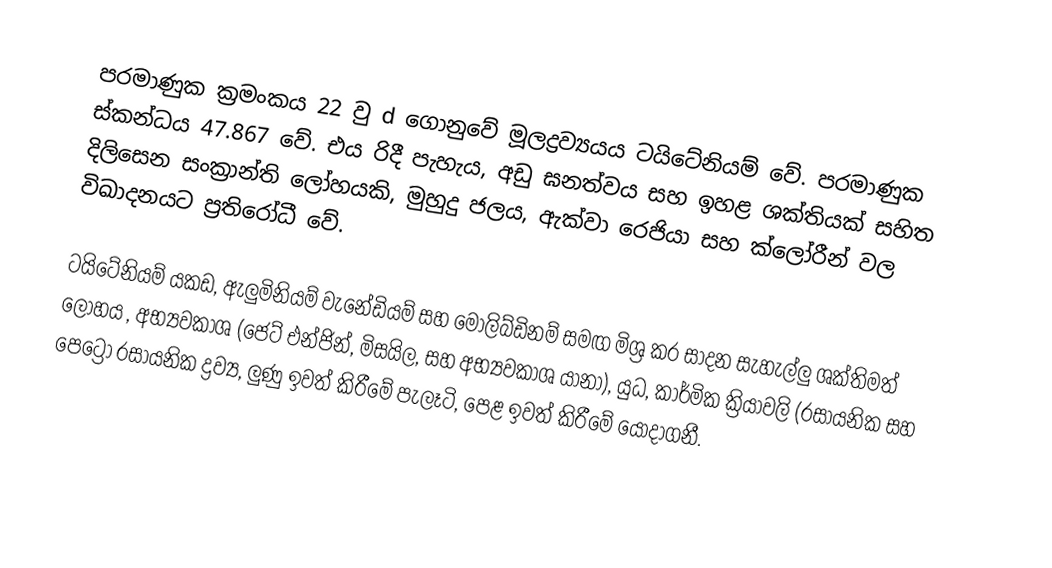
පරමාණුක ක්‍රමංකය 22 වු d ගොනුවේ මූලද්‍රව්‍යයය ටයිටේනියම් වේ. පරමාණුක ස්කන්ධය 47.867 වේ. එය රිදී පැහැය, අඩු ඝනත්වය සහ ඉහළ ශක්තියක් සහිත දිලිසෙන සංක්‍රාන්ති ලෝහයකි, මුහුදු ජලය, ඇක්වා රෙජියා සහ ක්ලෝරීන් වල විඛාදනයට ප්‍රතිරෝධී වේ.

ටයිටේනියම් යකඩ, ඇලුමිනියම් වැනේඩියම් සහ මොලිබ්ඩිනම් සමඟ මිශ්‍ර කර සාදන සැහැල්ලු ශක්තිමත් ලෝහය , අභ්‍යවකාශ (ජෙට් එන්ජින්, මිසයිල, සහ අභ්‍යවකාශ යානා), යුධ, කාර්මික ක්‍රියාවලි (රසායනික සහ පෙට්‍රෝ රසායනික ද්‍රව්‍ය, ලුණු ඉවත් කිරීමේ පැලෑටි, පෙළ ඉවත් කිරීමේ යොදාගනී.